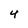
Character: 4